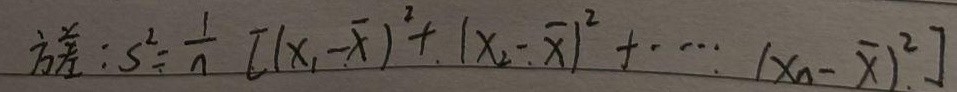
方差：\(s^{2}=\frac{1}{n} [(x_{1}-\overline{x} )^{2}+(x_{2}-\overline{x})^{2}+\cdots+(x_{n}-\overline{x})^{2}]\)